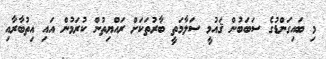
މި ބައިގަންޑުގެ ސަބަބުން ޤައުމީ ސަލާމަތީ ބާރުތަކަށް ރައްޔިތުން ކުރަމުން އައި އިތުބާރާއި